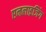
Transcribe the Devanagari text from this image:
एनलाइजिंग